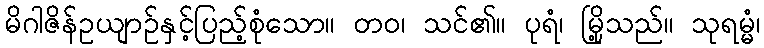
မိဂါဇိန်ဥယျာဉ်နှင့်ပြည့်စုံသော။ တဝ၊ သင်၏။ ပုရံ၊ မြို့သည်။ သုရမ္မံ၊